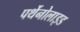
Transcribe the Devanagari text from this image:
पर्थेनोलाइड